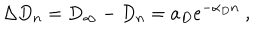
\Delta D _ { n } = D _ { \infty } - D _ { n } = a _ { D } e ^ { - \alpha _ { D } n } \ ,